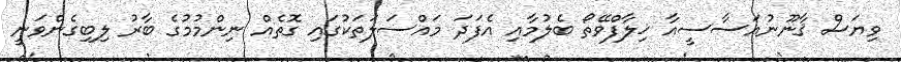
ވިޔަސް ޤާނޫނުއަސާސީއާ ޚިލާފްވޭތޯ ބެލުމާއި އެފަދަ މައްސަލަތަކުގައި ގޮތެއް ނިންމުމުގެ ބާރު ލިބިގެންވަނީ